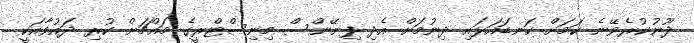
ދޫނުކުރެވޭނެ ކަމަށް ކަނޑައަޅައި ދިނުމަށް އެދި ފިނޭންސް މިނިސްޓްރީގެ މައްޗަށް ކުރި ދައުވާއަކީ